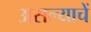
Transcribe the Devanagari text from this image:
असल्याचें